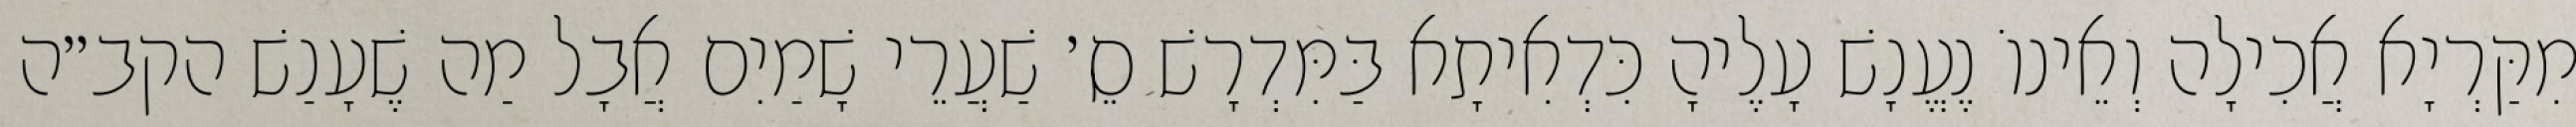
מִקַּרְיָא אֲכִילָה וְאֵינוֹ נֶעֱנָשׁ עָלֶיהָ כִּדְאִיתָא בַּמִּדְרָשׁ סֵ׳ שַׁעֲרֵי שָׁמַיִם אֲבָל מַה שֶׁעָנַשׁ הקב״ה